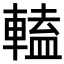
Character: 𨍰